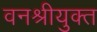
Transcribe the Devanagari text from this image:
वनश्रीयुक्त